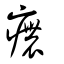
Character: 癑